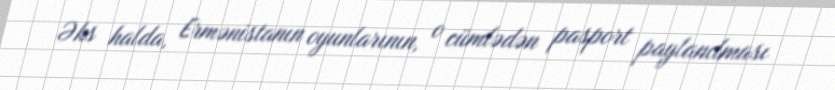
Əks halda, Ermənistanın oyunlarının, o cümlədən pasport paylanılması